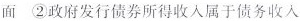
面 ②政府发行债券所得收入属于债务收入